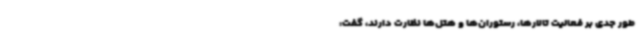
طور جدی بر فعالیت تالارها، رستوران‌ها و هتل‌ها نظارت دارند، گفت: